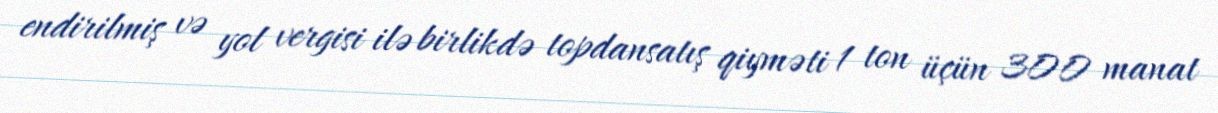
endirilmiş və yol vergisi ilə birlikdə topdansatış qiyməti 1 ton üçün 300 manat